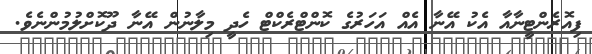
ފިއޮރެންޓީނާއާ އެކު އޭނާ އެއް އަހަރުގެ ކޮންޓްރެކްޓް ހެދީ މިލާނުން އޭނާ ދޫކޮށްލުމުންނެވެ.